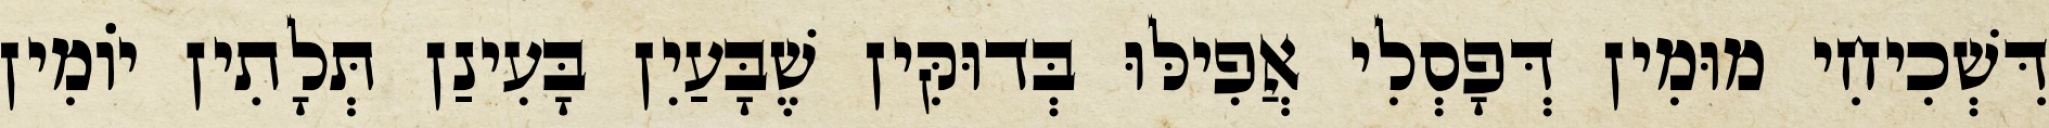
דִּשְׁכִיחִי מוּמִין דְּפָסְלִי אֲפִילּוּ בְּדוּקִּין שֶׁבָּעַיִן בָּעִינַן תְּלָתִין יוֹמִין